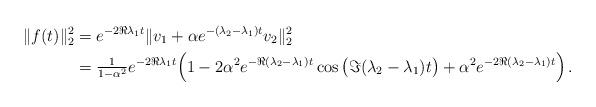
LaTeX: \begin{align*} \|f(t)\|_2^2 &= e^{-2\Re \lambda_1 t} \|v_1 +\alpha e^{-(\lambda_2 -\lambda_1) t} v_2 \|_2^2 \\ &= \tfrac1{1-\alpha^2} e^{-2\Re \lambda_1 t} \Big( 1 -2\alpha^2 e^{-\Re(\lambda_2-\lambda_1)t} \cos\big(\Im(\lambda_2-\lambda_1)t\big) +\alpha^2 e^{-2\Re(\lambda_2-\lambda_1)t} \Big) \,. \end{align*}